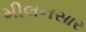
મીલનસાર